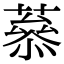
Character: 𦼒